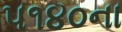
૫૧૪૦ના